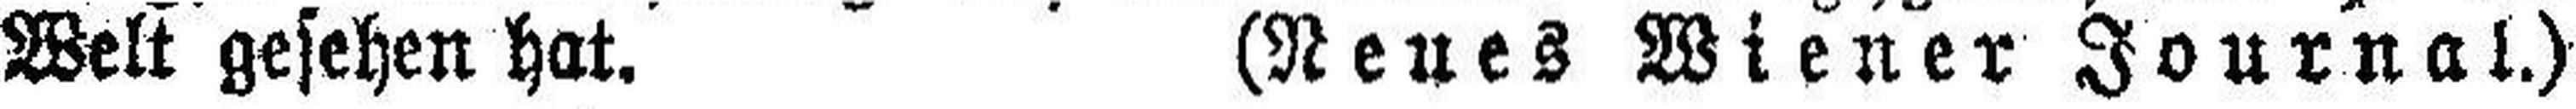
Welt gesehen hat. (Neues Wiener Journal.)